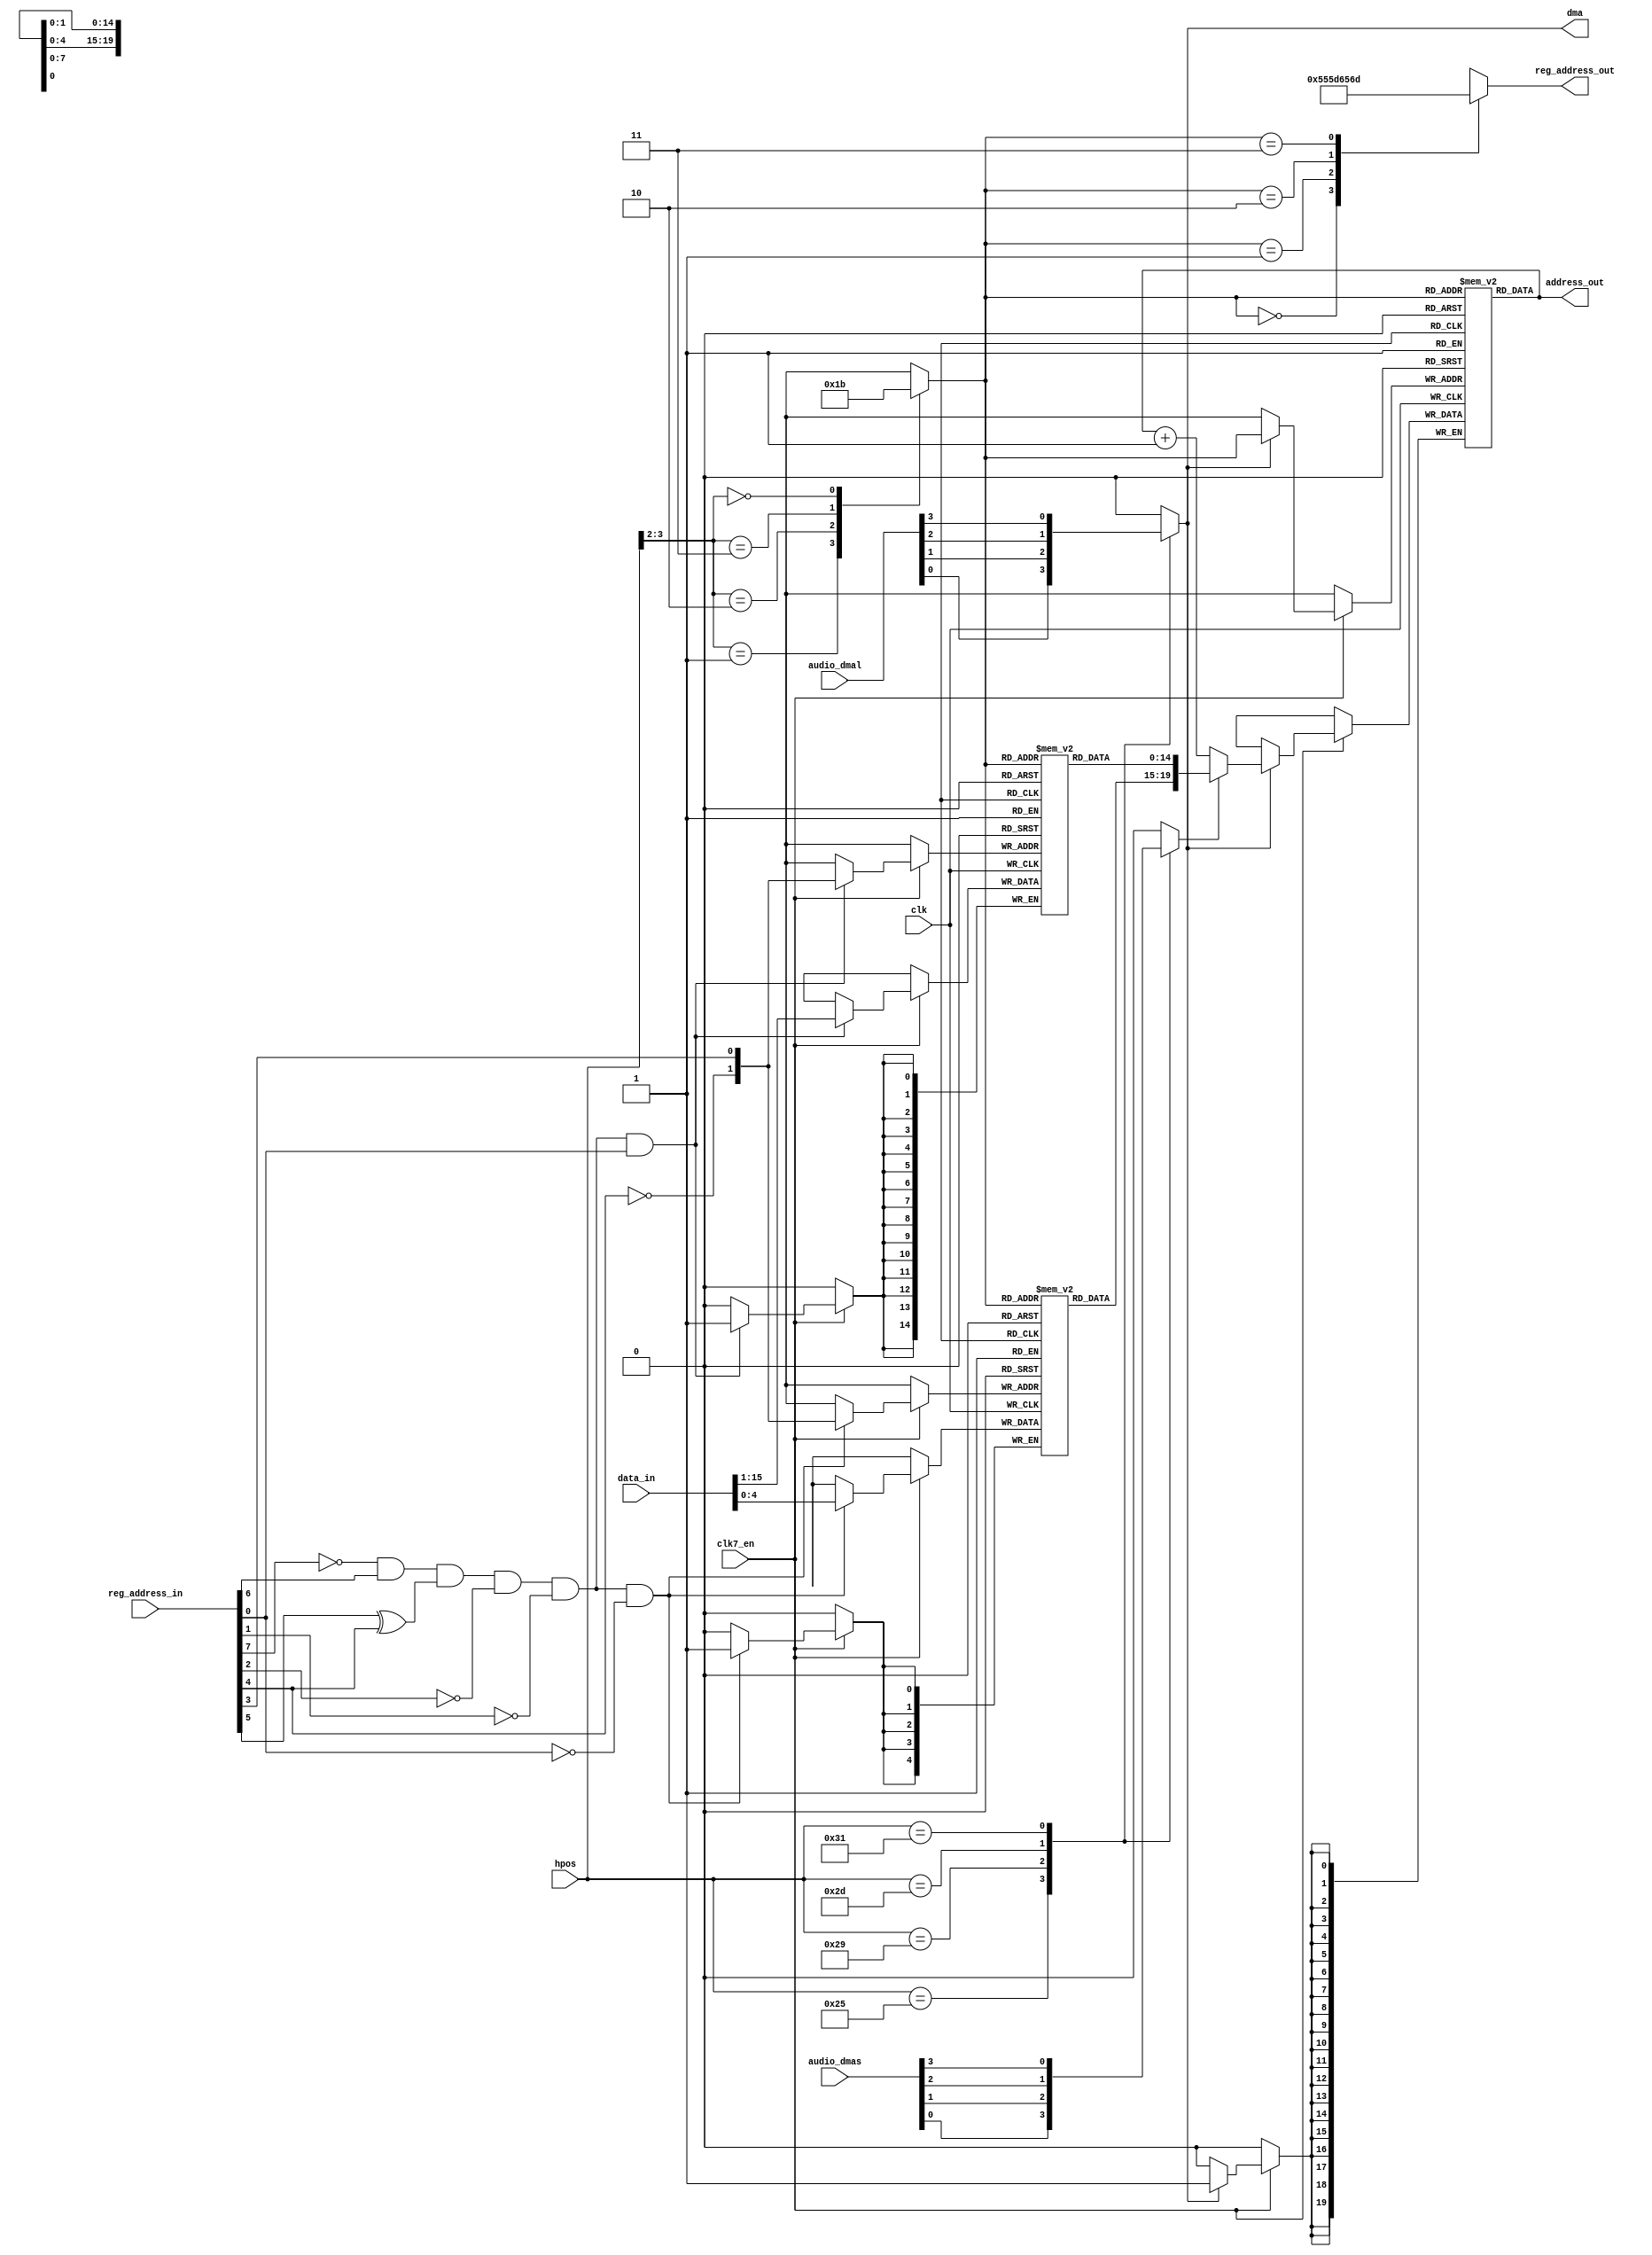
module agnus_audiodma
(
  input  wire           clk,              
  input  wire           clk7_en,          
  output wire           dma,              
  input  wire [  4-1:0] audio_dmal,       
  input  wire [  4-1:0] audio_dmas,       
  input  wire [  9-1:0] hpos,             
  input  wire [  9-1:1] reg_address_in,   
  output reg  [  9-1:1] reg_address_out,  
  input  wire [ 16-1:0] data_in,          
  output wire [ 21-1:1] address_out       
);
parameter AUD0DAT_REG = 9'h0AA;
parameter AUD1DAT_REG = 9'h0BA;
parameter AUD2DAT_REG = 9'h0CA;
parameter AUD3DAT_REG = 9'h0DA;
wire          audlcena;     
wire [  1: 0] audlcsel;     
reg  [ 20:16] audlch [3:0]; 
reg  [ 15: 1] audlcl [3:0]; 
wire [ 20: 1] audlcout;     
reg  [ 20: 1] audpt [3:0];  
wire [ 20: 1] audptout;     
reg  [  1: 0] channel;      
reg           dmal;
reg           dmas;
assign audlcena = ~reg_address_in[8] & reg_address_in[7] & (reg_address_in[6]^reg_address_in[5]) & ~reg_address_in[3] & ~reg_address_in[2];
assign audlcsel = {~reg_address_in[5],reg_address_in[4]};
always @ (posedge clk) begin
  if (clk7_en) begin
    if (audlcena & ~reg_address_in[1]) 
      audlch[audlcsel] <= #1 data_in[4:0];
  end
end
always @ (posedge clk) begin
  if (clk7_en) begin
    if (audlcena & reg_address_in[1]) 
      audlcl[audlcsel] <= #1 data_in[15:1];
  end
end
assign audlcout = {audlch[channel],audlcl[channel]};
always @ (*) begin
  case (hpos)
    9'b0001_0010_1 : dmal = audio_dmal[0]; 
    9'b0001_0100_1 : dmal = audio_dmal[1]; 
    9'b0001_0110_1 : dmal = audio_dmal[2]; 
    9'b0001_1000_1 : dmal = audio_dmal[3]; 
    default        : dmal = 0;
  endcase
end
assign dma = dmal;
always @ (*) begin
  case (hpos)
    9'b0001_0010_1 : dmas = audio_dmas[0]; 
    9'b0001_0100_1 : dmas = audio_dmas[1]; 
    9'b0001_0110_1 : dmas = audio_dmas[2]; 
    9'b0001_1000_1 : dmas = audio_dmas[3]; 
    default        : dmas = 0;
  endcase
end
always @ (*) begin
  case (hpos[3:2])
    2'b01 : channel = 0; 
    2'b10 : channel = 1; 
    2'b11 : channel = 2; 
    2'b00 : channel = 3; 
  endcase
end
assign address_out[20:1] = audptout[20:1];
always @ (posedge clk) begin
  if (clk7_en) begin
    if (dmal)
      audpt[channel] <= #1 dmas ? audlcout[20:1] : audptout[20:1] + 1'b1;
  end
end
assign audptout[20:1] = audpt[channel];
always @ (*) begin
  case (channel)
    0 : reg_address_out[8:1] = AUD0DAT_REG[8:1];
    1 : reg_address_out[8:1] = AUD1DAT_REG[8:1];
    2 : reg_address_out[8:1] = AUD2DAT_REG[8:1];
    3 : reg_address_out[8:1] = AUD3DAT_REG[8:1];
  endcase
end
endmodule